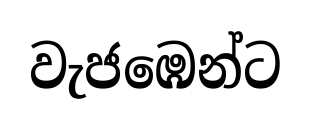
වැජඹෙන්ට